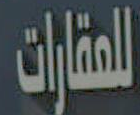
للعقارات